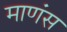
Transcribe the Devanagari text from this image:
माणंस